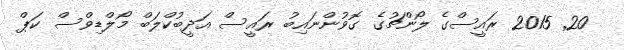
20